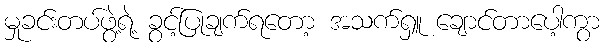
မှုခင်းတပ်ဖွဲ့ရဲ့ ခွင့်ပြုချက်ရတော့ အသက်ရှူ ချောင်တာပေါ့ကွာ